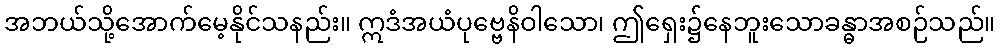
အဘယ်သို့အောက်မေ့နိုင်သနည်း။ ဣဒံအယံပုဗ္ဗေနိဝါသော၊ ဤရှေး၌နေဘူးသောခန္ဓာအစဉ်သည်။